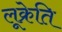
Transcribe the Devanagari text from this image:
लूक्रेति